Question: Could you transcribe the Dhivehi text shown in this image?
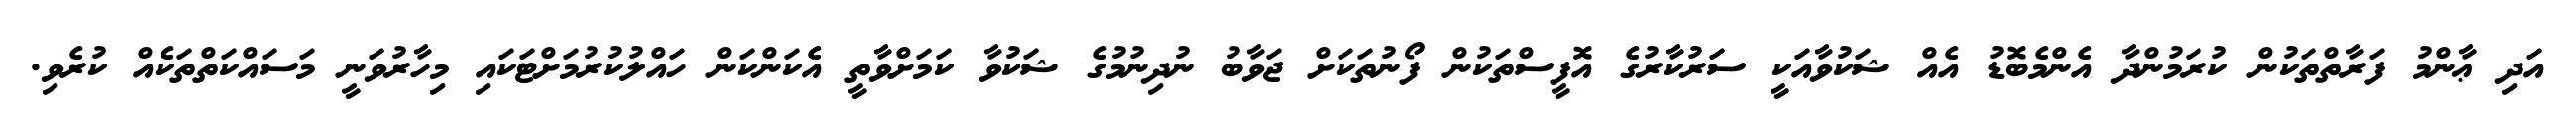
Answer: އަދި ޢާންމު ފަރާތްތަކުން ކުރަމުންދާ އެންމެބޮޑު އެއް ޝަކުވާއަކީ ސަރުކާރުގެ އޮފީސްތަކުން ފޯނުތަކަށް ޖަވާބު ނުދިނުމުގެ ޝަކުވާ ކަމަށްވާތީ އެކަންކަން ހައްލުކުރުމަށްޓަކައި މިހާރުވަނީ މަސައްކަތްތަކެއް ކުރެވި.